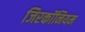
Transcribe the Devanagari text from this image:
जिरकॉनियम